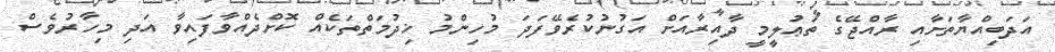
އަދަބިއްޔާތަށާއި ރާއްޖޭގެ ތަޢުލީމީ ދާއިރާއަށް އަގުނުކުރެވޭފަދަ މުހިންމު ޚިދުމަތްތަކެއް ކޮށްދެއްވާފައިވާ އަދި މިހާރުވެސް